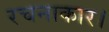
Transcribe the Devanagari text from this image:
रचनाकार।